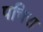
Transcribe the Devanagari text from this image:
पचिरा